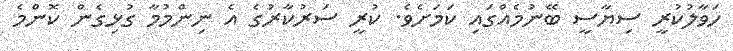
ހަވާލުކުރީ ސިޔާސީ ބޭނުމެއްގައި ކަމަށެވެ. ކުރީ ސަރުކާރުގެ އެ ނިންމުމާ ގުޅިގެން ކޮންމެ